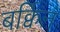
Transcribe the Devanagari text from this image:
बर्क्विन